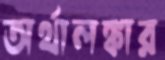
অর্থালঙ্কার